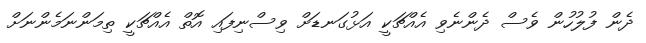
ދެން ފުލުހުން ވެސް ދެންނެވި އެއްޗަކީ އަޅުގަނޑަށް ވިސްނިފައި އޮތް އެއްޗަކީ ތިމަންނަމެންނަށް